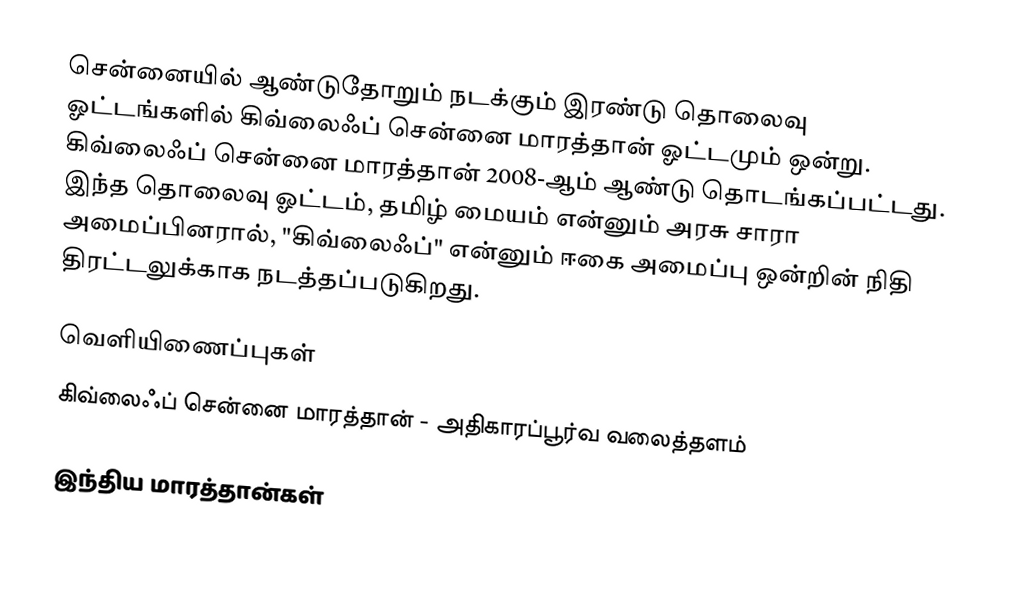
சென்னையில் ஆண்டுதோறும் நடக்கும் இரண்டு தொலைவு ஓட்டங்களில் கிவ்லைஃப் சென்னை மாரத்தான் ஓட்டமும் ஒன்று. கிவ்லைஃப் சென்னை மாரத்தான் 2008-ஆம் ஆண்டு தொடங்கப்பட்டது. இந்த தொலைவு ஓட்டம், தமிழ் மையம் என்னும் அரசு சாரா அமைப்பினரால், "கிவ்லைஃப்" என்னும் ஈகை அமைப்பு ஒன்றின் நிதி திரட்டலுக்காக நடத்தப்படுகிறது.

வெளியிணைப்புகள்
 கிவ்லைஃப் சென்னை மாரத்தான் - அதிகாரப்பூர்வ வலைத்தளம்

இந்திய மாரத்தான்கள்